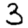
Digit: 3